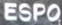
ESPO